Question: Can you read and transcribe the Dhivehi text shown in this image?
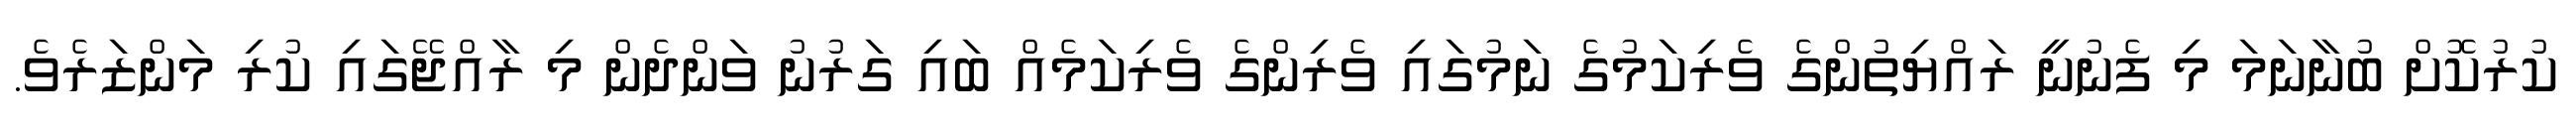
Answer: ކުރުކޮށް ބުނާނަމަ މި ފެނުނީ ރައްޔިތުންގެ ވެރިކަމުގެ ނަމުގައި ވެރިންގެ ވެރިކަމެއް ބައި ގަރުނު ވަންދެން މި ރާއްޖޭގައި ކުރި މަންޒަރެވެ.